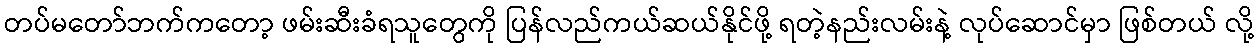
တပ်မတော်ဘက်ကတော့ ဖမ်းဆီးခံရသူတွေကို ပြန်လည်ကယ်ဆယ်နိုင်ဖို့ ရတဲ့နည်းလမ်းနဲ့ လုပ်ဆောင်မှာ ဖြစ်တယ် လို့